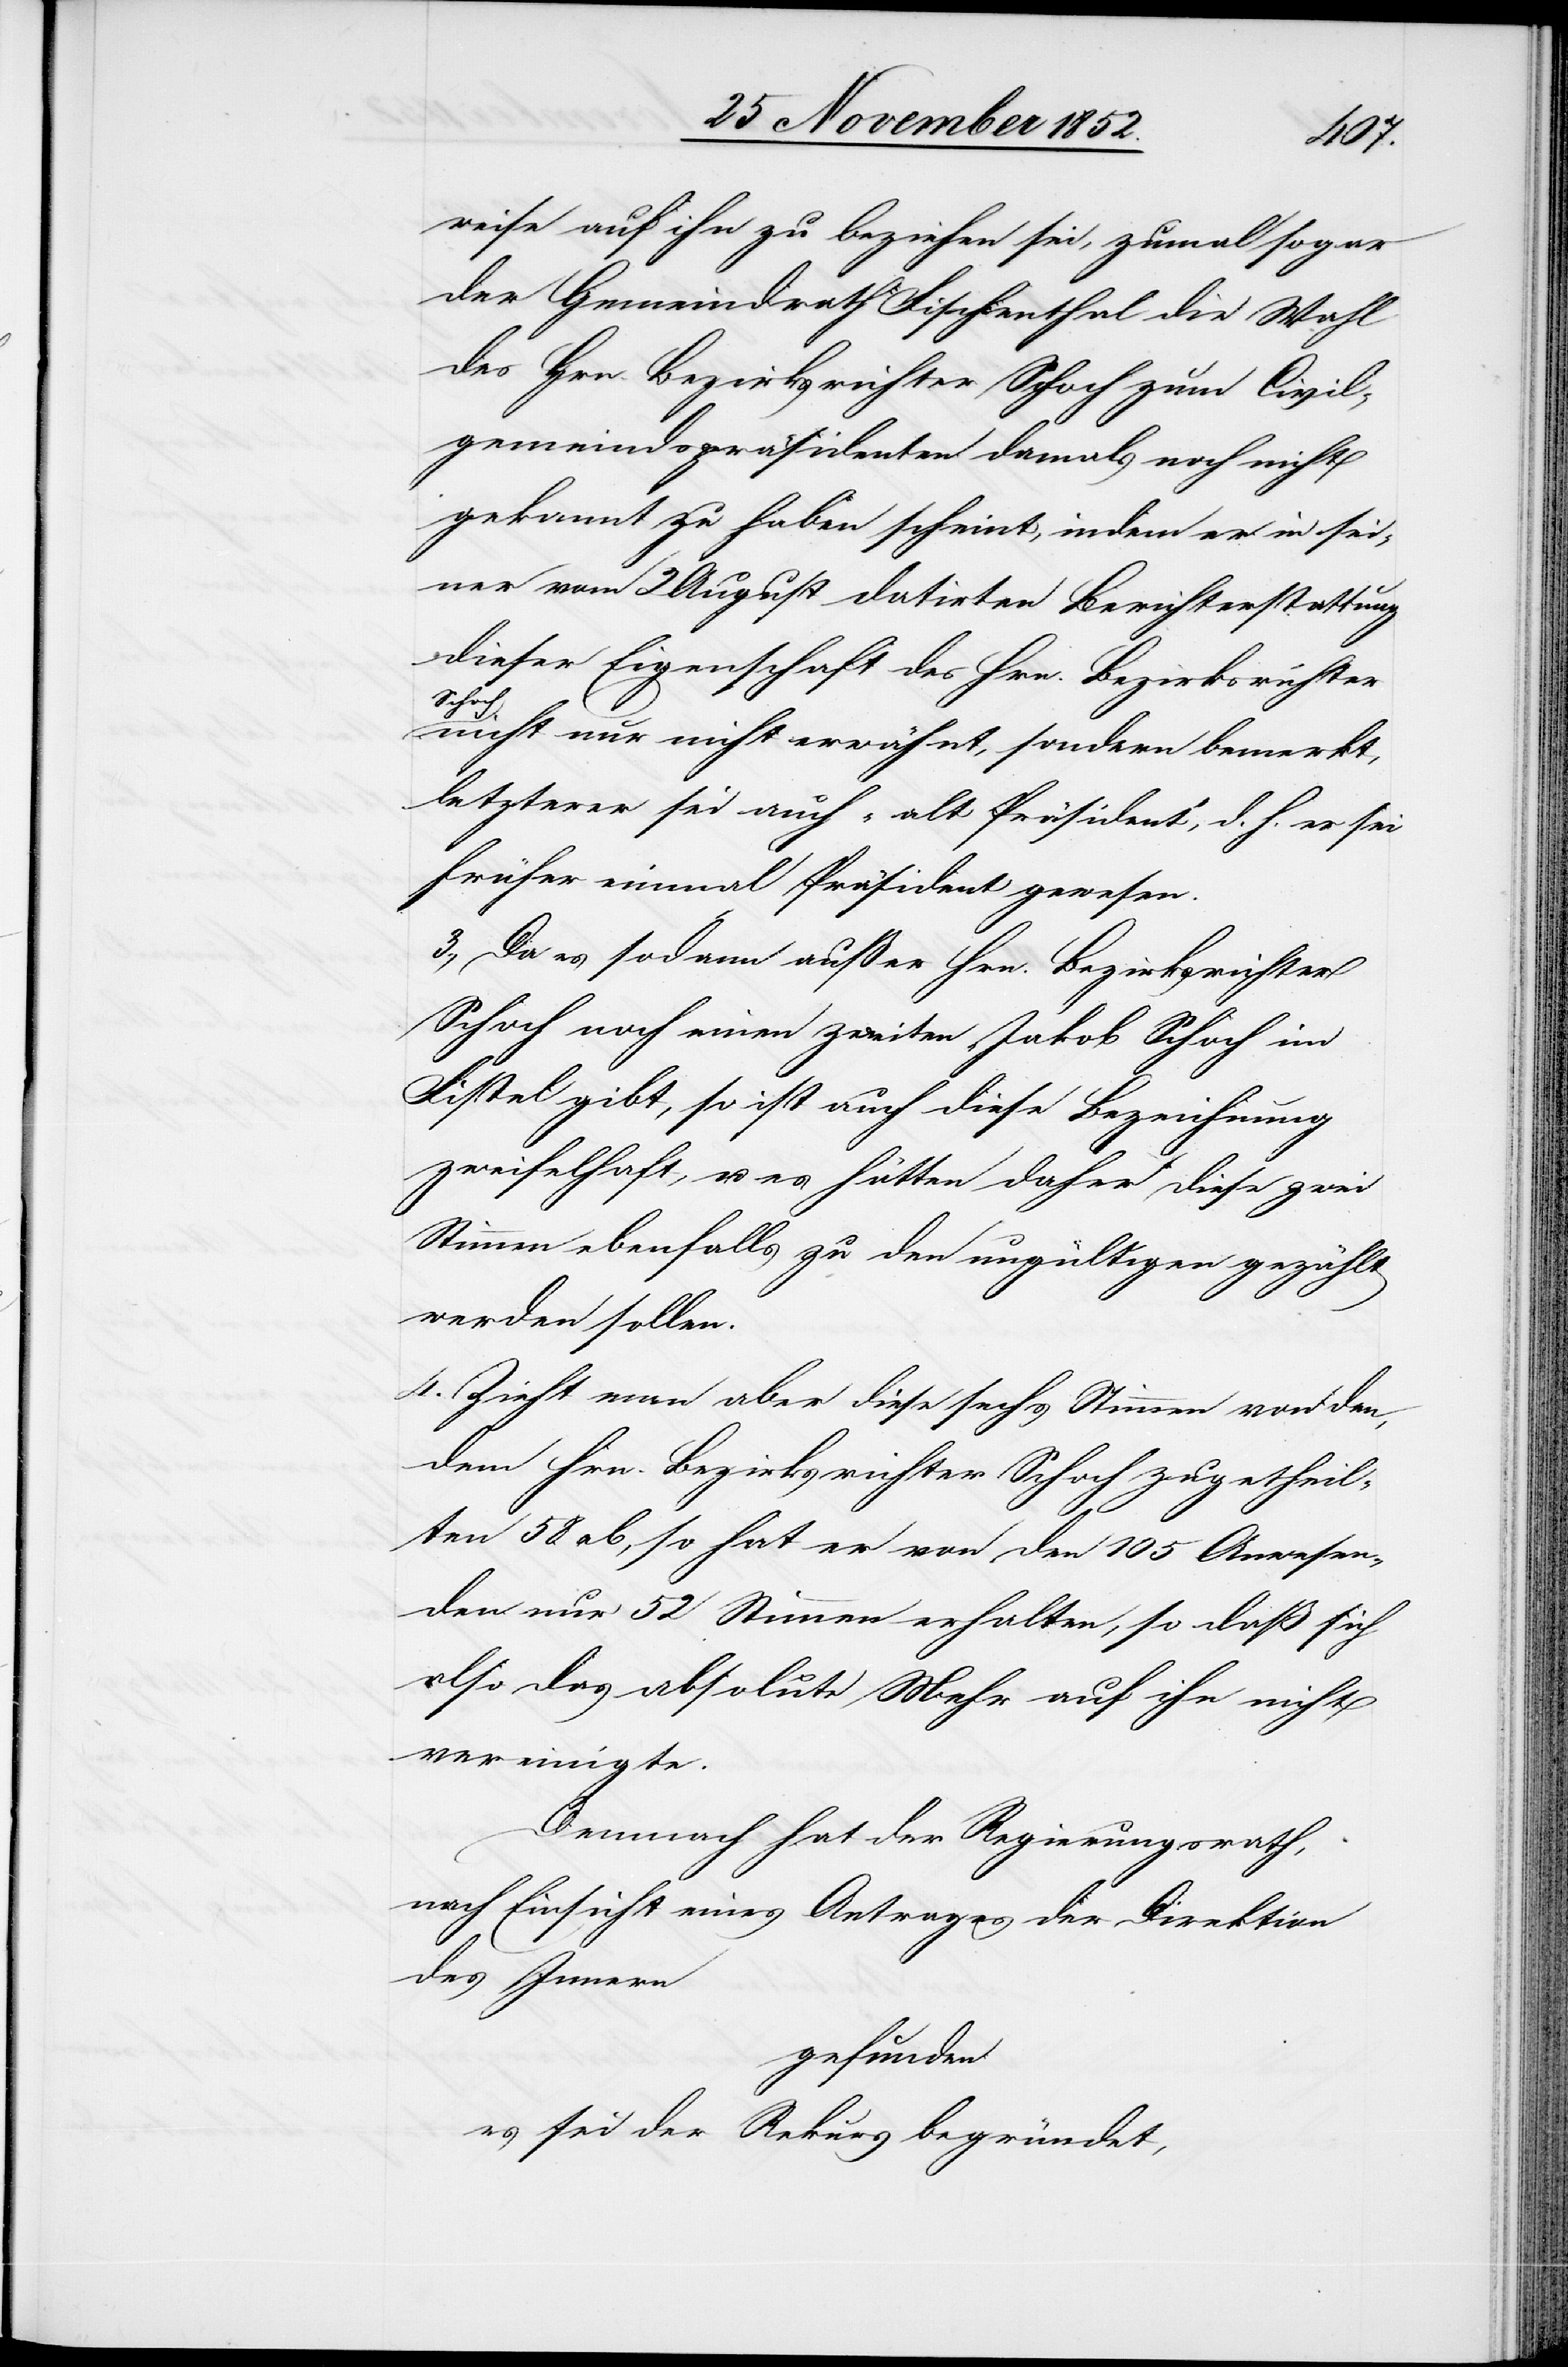
weise auf ihn zu beziehen sei, zumal sogar
der Gemeindrath Fischenthal die Wahl
des Hrn. Bezirksrichter Schoch zum Civil¬
gemeindspräsidenten damals noch nicht
gekannt zu haben scheint, indem er in sei¬
ner vom 2 August datirten Berichterstattung
dieser Eigenschaft des Hrn. Bezirksrichter
Schoch
nicht nur nicht erwähnt, sondern bemerkt,
letzterer sei auch „alt Präsident“, d. h. er sei
früher einmal Präsident gewesen.
3., Da es sodann außer Hrn. Bezirksrichter
Schoch noch einen zweiten „Jakob Schoch im
Fistel[“] gibt, so ist auch diese Bezeichnung
zweifelhaft, u. es hätten daher diese zwei
Stimmen ebenfalls zu den ungültigen gezählt
werden sollen.
4. Zieht man aber diese sechs Stimmen von den,
dem Hrn. Bezirksrichter Schoch zugetheil¬
ten 58 ab, so hat er von den 105 Anwesen¬
den nur 52 Stimmen erhalten, so daß sich
also das absolute Mehr auf ihn nicht
vereinigte.
Demnach hat der Regierungsrath,
nach Einsicht eines Antrages der Direktion
des Innern
gefunden
es sei der Rekurs begründet,